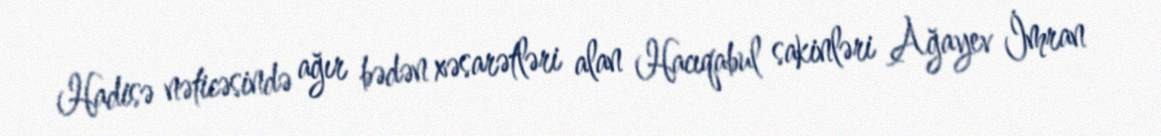
Hadisə nəticəsində ağır bədən xəsarətləri alan Hacıqabul sakinləri Ağayev İmran